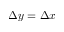
\Delta y = \Delta x